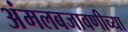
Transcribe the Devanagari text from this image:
अंमलबजावणीच्या